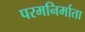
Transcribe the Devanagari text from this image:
परमनिर्माता